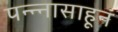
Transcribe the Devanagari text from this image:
पन्‍न्‍नासाहून